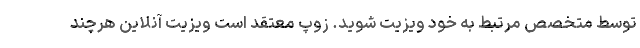
توسط متخصص مرتبط به خود ویزیت شوید. زوپ معتقد است ویزیت آنلاین هرچند